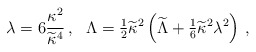
\begin{align*}\lambda=6{\kappa^2\over\widetilde\kappa^4} \,, ~~ \Lambda ={\textstyle{1\over2}}\widetilde\kappa^2\left(\widetilde{\Lambda}+{\textstyle{1\over6}}\widetilde\kappa^2\lambda^2\right)\,,\end{align*}